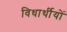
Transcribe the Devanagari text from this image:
विधार्थीयों